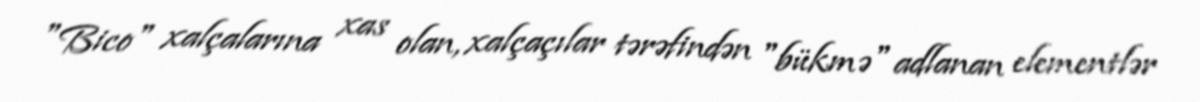
"Bico" xalçalarına xas olan, xalçaçılar tərəfindən "bükmə" adlanan elementlər